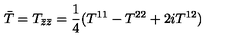
\bar { T } = T _ { \bar { z } \bar { z } } = \frac { 1 } { 4 } ( T ^ { 1 1 } - T ^ { 2 2 } + 2 i T ^ { 1 2 } )